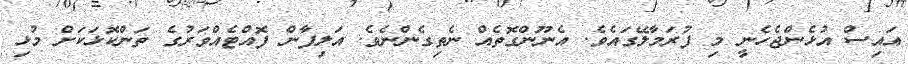
އައިސް އުޅެންޖެހެނީ މި ފުރަމާލޭގައެވެ. އެނޫންގޮތެއް ނެތިގެންނެވެ. އަލިފާން ފޮއްޓެއްވަރުގެ ތަންކޮޅަކަށް މުޅި